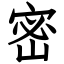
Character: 密